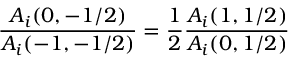
\frac { A _ { i } ( 0 , - 1 / 2 ) } { A _ { i } ( - 1 , - 1 / 2 ) } = \frac { 1 } { 2 } \frac { A _ { i } ( 1 , 1 / 2 ) } { A _ { i } ( 0 , 1 / 2 ) }